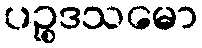
ပဉ္စဒသမော